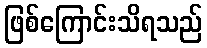
ဖြစ်ကြောင်းသိရသည်